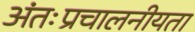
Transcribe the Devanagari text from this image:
अंतःप्रचालनीयता